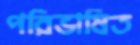
পরিভাষিত